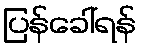
ပြန်ခေါ်ရန်